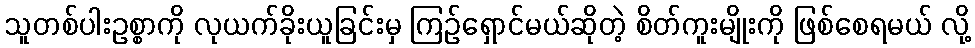
သူတစ်ပါးဥစ္စာကို လုယက်ခိုးယူခြင်းမှ ကြဉ်ရှောင်မယ်ဆိုတဲ့ စိတ်ကူးမျိုးကို ဖြစ်စေရမယ် လို့